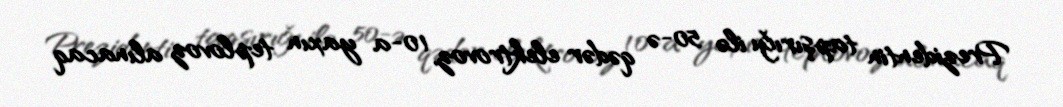
Prezidentin tapşırığı ilə 50-ə qədər elektrovoz, 10-a yaxın teplovoz alınacaq